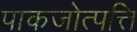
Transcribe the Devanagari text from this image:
पाकजोत्पत्ति